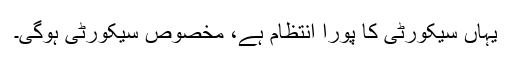
یہاں سیکورٹی کا پورا انتظام ہے، مخصوص سیکورٹی ہوگی۔